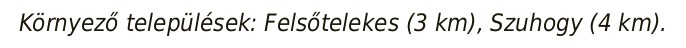
Környező települések: Felsőtelekes (3 km), Szuhogy (4 km).